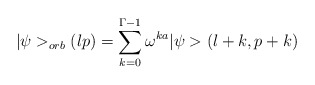
\begin{align*}\vert \psi >_{orb}(lp) =\sum_{k=0}^{\Gamma-1} \omega^{k a}\vert \psi > (l+k,p+k)\end{align*}